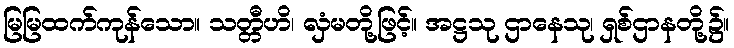
မြမြထက်ကုန်သော။ သတ္တီဟိ၊ လှံမတို့ဖြင့်။ အဋ္ဌသု ဌာနေသု၊ ရှစ်ဌာနတို့၌။